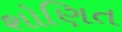
શોણિત